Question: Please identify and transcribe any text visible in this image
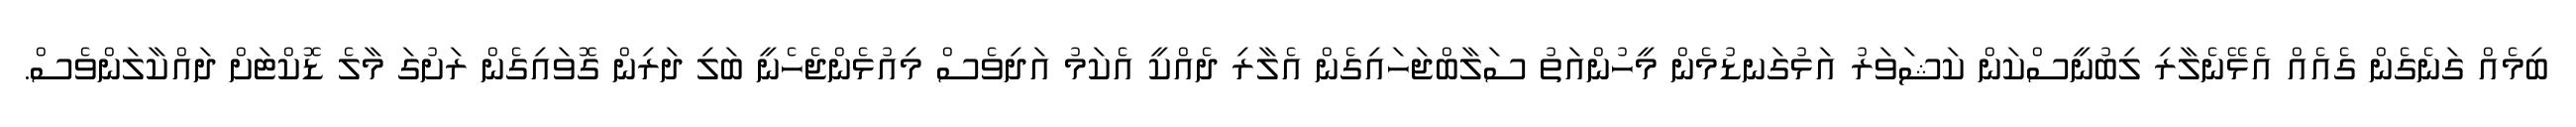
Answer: ބިމެއް ގަނެގެން ގެއެއް އެޅޭނެލާރި ލިބުނީސްކަން ކަޝަވަރު އަޅުގަނޑުމެން މީހުންއަތު ސަލާބްޖަހައިގެން އެލާރި ދެއްކީ އެކަމު އަދިވެސް މިއުޅެންޖެހެނީ ބަލި ދަރިން ގޮވައިގެން ރަށުގަ މާލެ ޑޮކްޓަށް ދައްކާލަންވެސް.